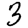
Digit: 3